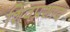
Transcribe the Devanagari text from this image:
शिवप्रशाद